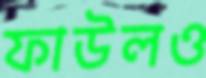
ফাউলও